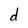
Character: d